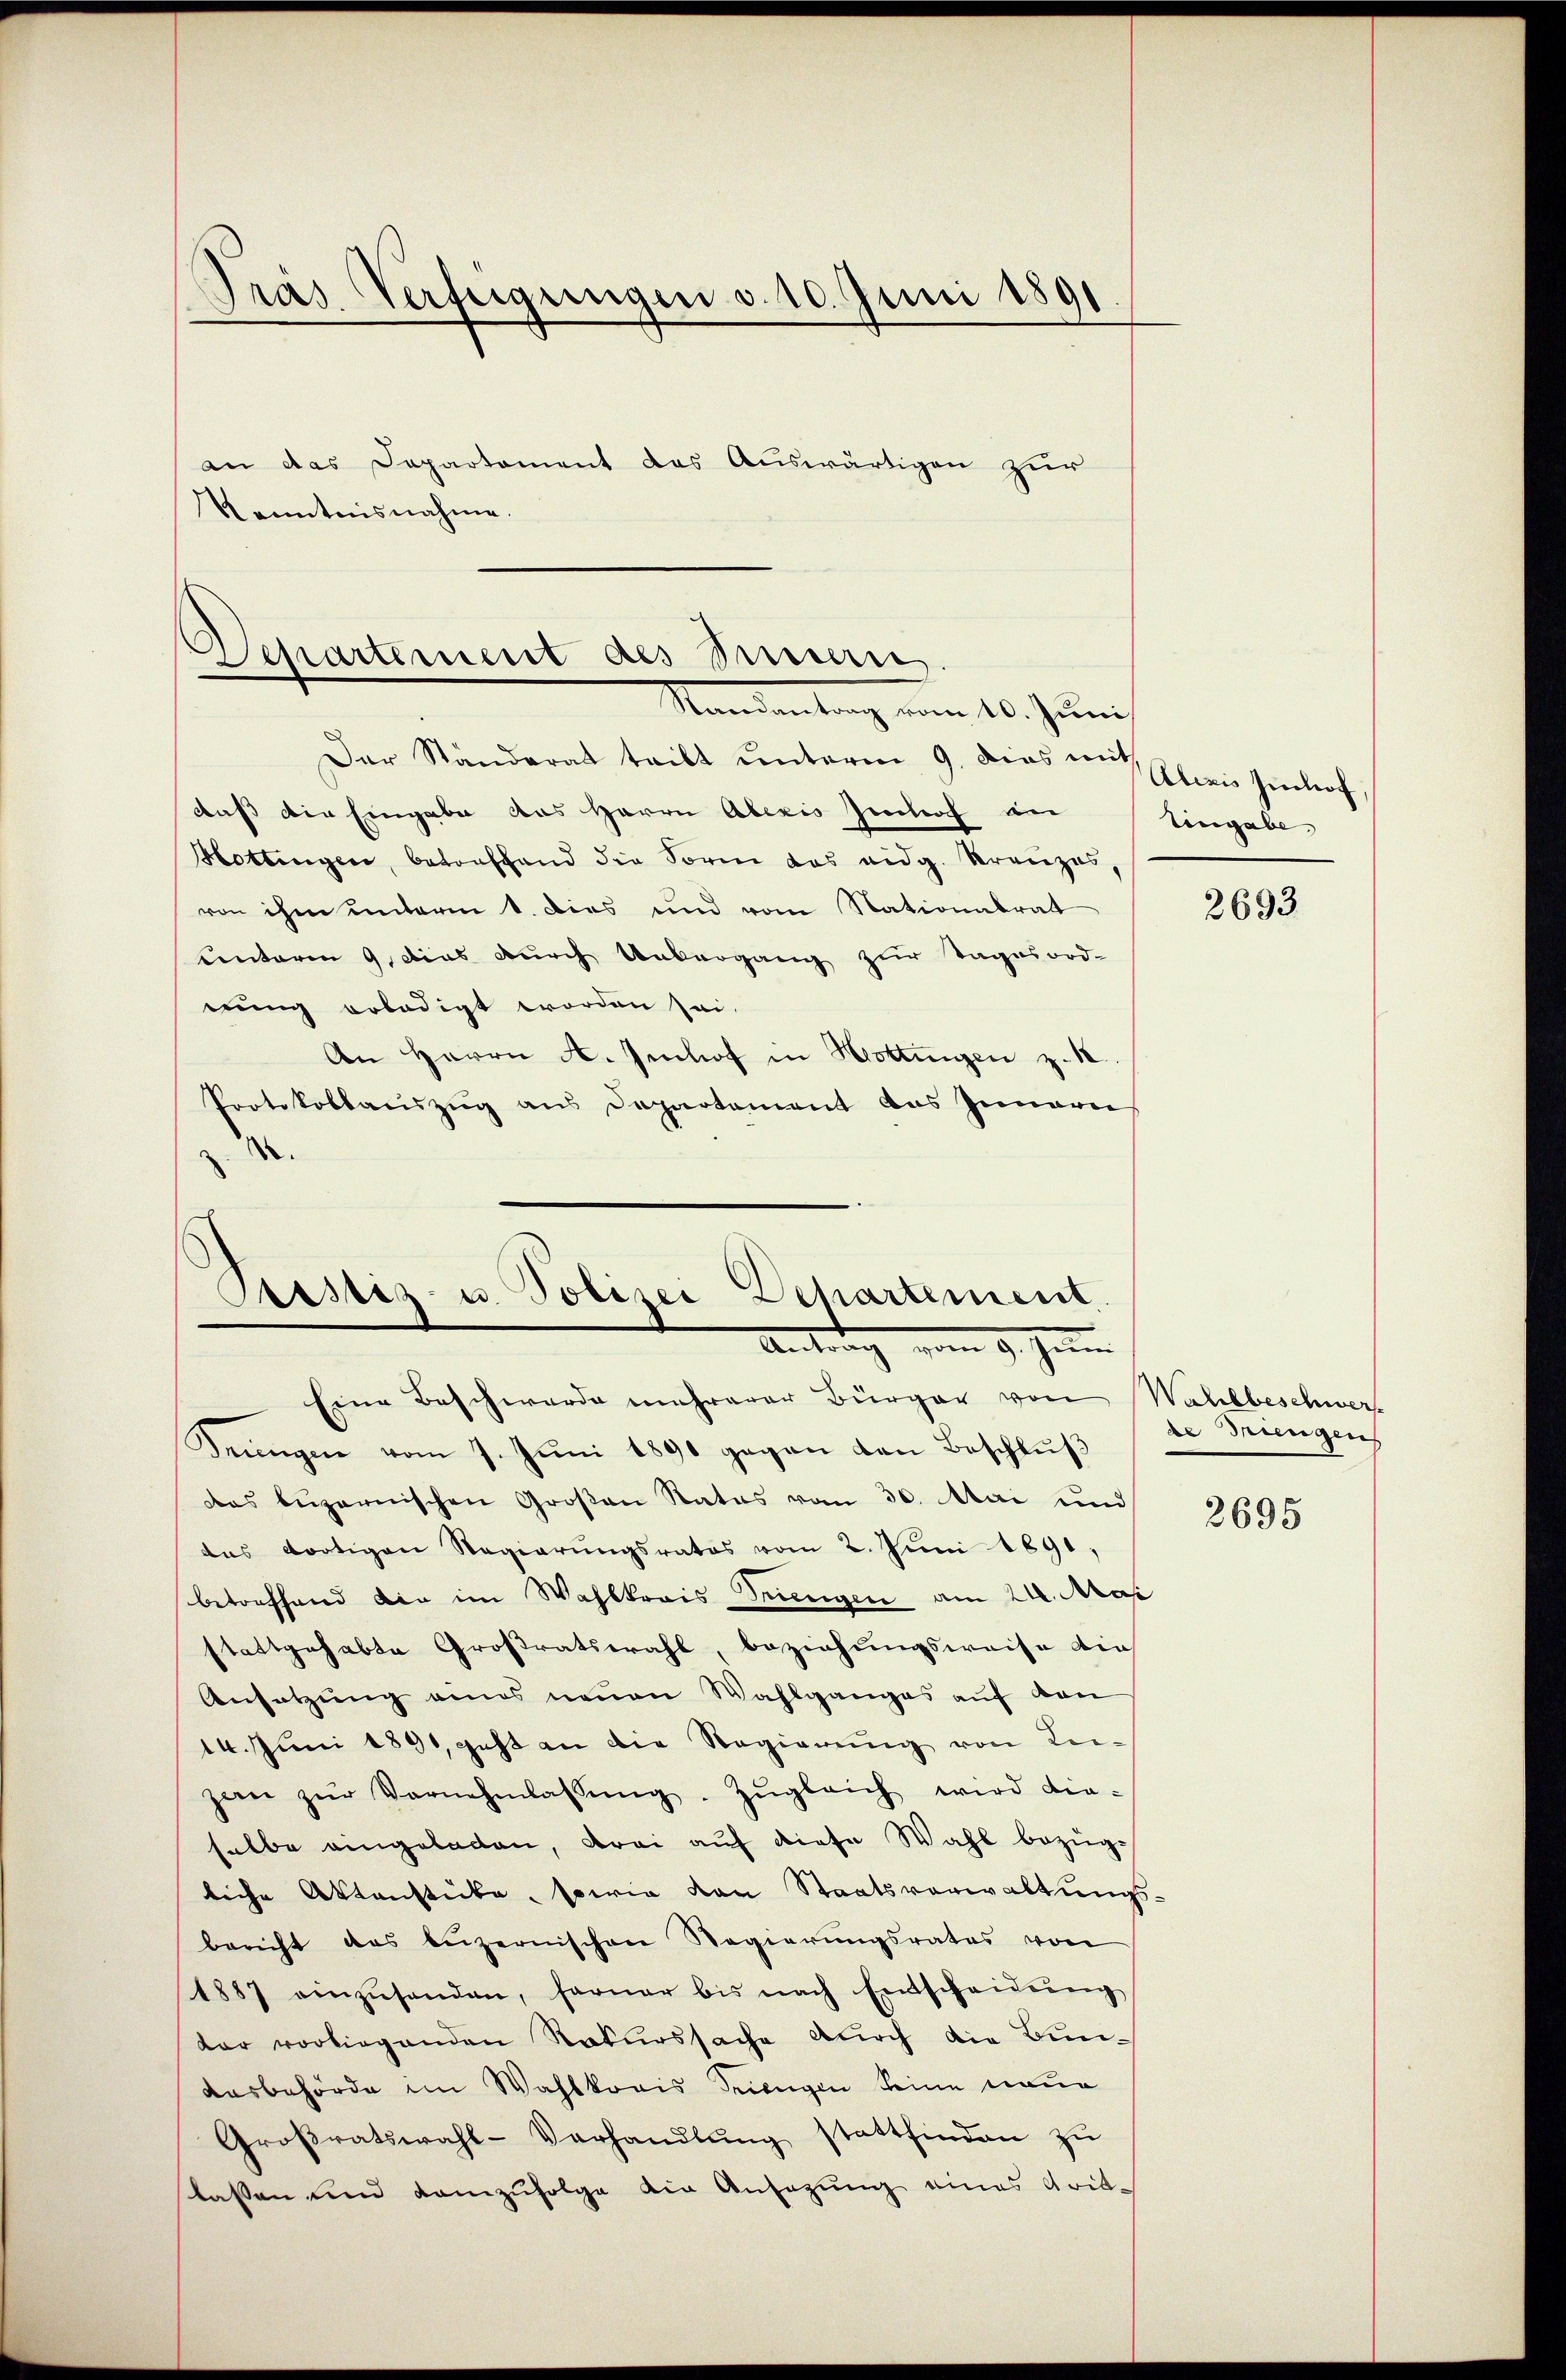
Gras Verfügungen v. 10. Juni 1891

Kenntnisnahme.

Separtement des Sinnern.
Mandantung vom 10. Juni

an das Departement das Auswärtigen zur

Der Ständerat tritt unterm 9. dies an sei Einhof,
Aus die Eingabe das Herrn Alexis Jenbach der
Hottingen, betroffend die Form das eidg. Kreuzes,
von ihm unterm 1. Dies und vom Nationalrat
einteren 9. dies durch Unbergang zur Tagesord-
nung erledigt worden sei.
An Herrn A. Imhof in Hottingen z. 18
Protokollaŭszŭg aŭs Departement das Innern
e

Cirstiz- u. Polizei Dehartement
Antrag vom 9. Juni
Eine Beschwerde mehrerer Bürger von Wahlbeschwer¬

Triengen vom 7. Juni 1890 gegen den Beschluß
das luzernischen Großen Rates vom 30. Mai und
das dortigen Regierŭngsrates vom 2. Jŭni 1891.
betreffend die im Wahlkreis Triengen am 24. Mas
stattgehabte Großratswahl, beziehungsweise die
Ansatzung eines neuen Wahlganges auf kan
14. Juni 1891, geht an die Regierung von Kin-
zee zŭr Vernehmlassŭng. Zŭgleich wird die-
selbe eingeladen, drei auf diese Wahl bezüg-
liche Aktenstücke, sowie von Staatsverwaltungsbericht das beizernischen Regierŭngsrates von
1887 einzŭsenden, ferner bis nach Entscheidŭng
dar vorliegenden Rekurssache durch die Bunausbehörde im Wahlkonis Triengen keine neue
Groβratswahl-Verhandlŭng stattfinden zu
slassen und demzufolge die Ansezung eines Arit¬

Eingabe

2693

de Triengen

2695